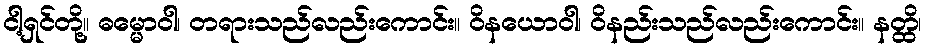
ငါ့ရှင်တို့။ ဓမ္မောဝါ၊ တရားသည်လည်းကောင်း။ ဝိနယောဝါ၊ ဝိနည်းသည်လည်းကောင်း။ နတ္ထိ၊